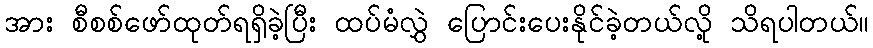
အား စီစစ်ဖော်ထုတ်ရရှိခဲ့ပြီး ထပ်မံလွှဲ ပြောင်းပေးနိုင်ခဲ့တယ်လို့ သိရပါတယ်။